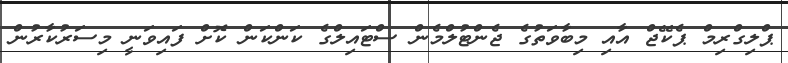
ޕްލިގްރިމް ޕެކޭޖް އާއި މިބާވަތުގެ ޖެންޓުލްމެން ސްޓައިލްގެ ކަންކަން ކޮށް ފައިވަނީ މިސަރުކާރުން